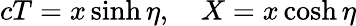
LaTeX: cT=x\sinh\eta,\quad X=x\cosh\eta